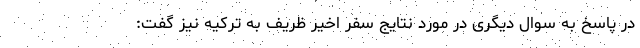
در پاسخ به سوال دیگری در مورد نتایج سفر اخیر ظریف به ترکیه نیز گفت: